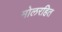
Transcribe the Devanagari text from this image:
मोलरहित